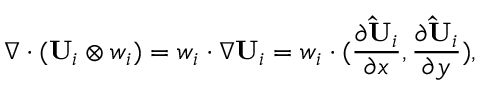
\nabla \cdot ( \mathbf { U } _ { i } \otimes \boldsymbol { w } _ { i } ) = \boldsymbol { w } _ { i } \cdot \nabla \mathbf { U } _ { i } = \boldsymbol { w } _ { i } \cdot ( \frac { \partial { \mathbf { \hat { U } } _ { i } } } { \partial x } , \frac { \partial { \mathbf { \hat { U } } _ { i } } } { \partial y } ) ,